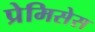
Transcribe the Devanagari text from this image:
प्रेमिसेस